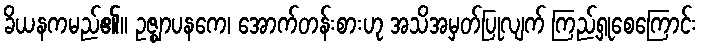
ခိယနကမည်၏။ ဥဇ္ဈာပနကေ၊ အောက်တန်းစားဟု အသိအမှတ်ပြုလျက် ကြည့်ရှုစေကြောင်း